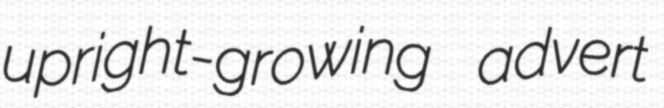
upright-growing advert